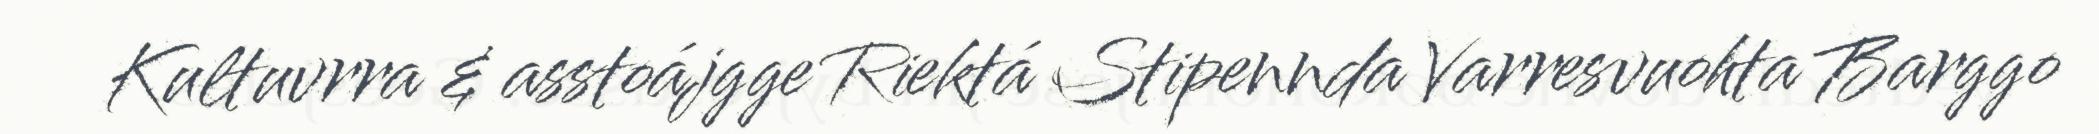
Kultuvrra & asstoájgge Riektá Stipennda Varresvuohta Barggo